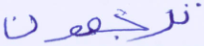
ترجعون